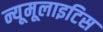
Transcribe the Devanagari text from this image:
न्यूमूलाइटिस